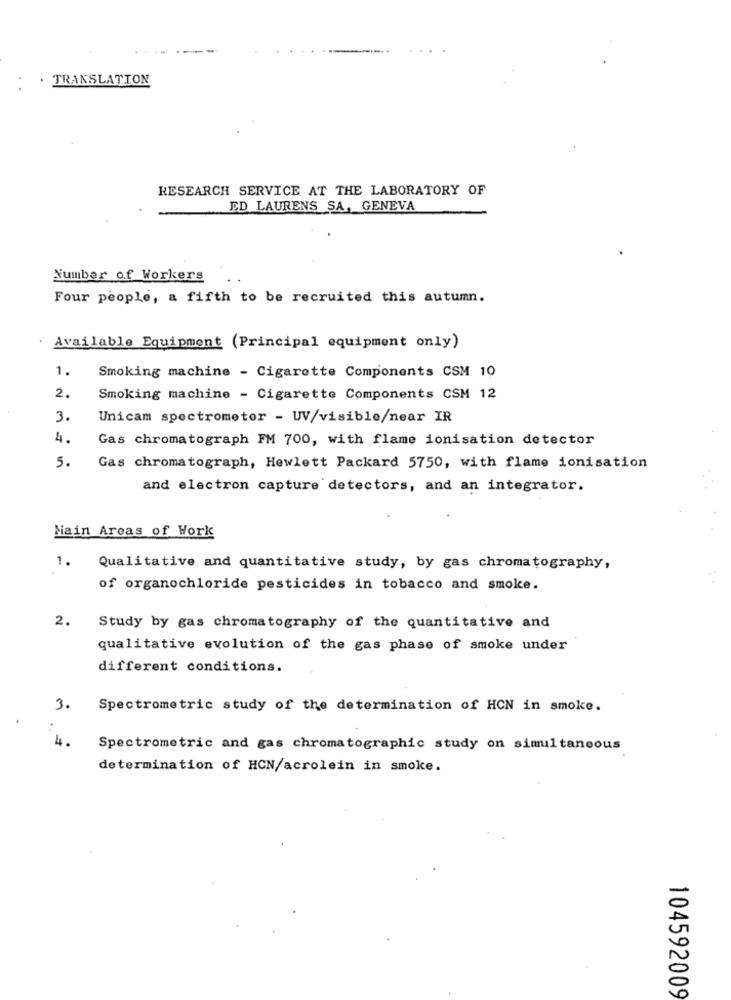
· TRANSLATION
RESEARCH SERVICE AT THE LABORATORY OF
ED LAURENS SA, GENEVA
Number of Workers
Four people, a fifth to be recruited this autumn.
Available Equipment (Principal equipment only)
1.
Smoking machine - Cigarette Components CSM 10
2.
Smoking machine - Cigarette Components CSM 12
3.
Unicam spectrometer - UV/visible/near IR
4.
Gas chromatograph FM 700, with flame ionisation detector
5.
Gas chromatograph, Hewlett Packard 5750, with flame ionisation
and electron capture detectors, and an integrator.
Main Areas of Work
1.
Qualitative and quantitative study, by gas chromatography,
of organochloride pesticides in tobacco and smoke.
2.
Study by gas chromatography of the quantitative and
qualitative evolution of the gas phase of smoke under
different conditions.
3.
Spectrometric study of the determination of HCN in smoke.
4.
Spectrometric and gas chromatographic study on simultaneous
determination of HCN/acrolein in smoke.
104592009